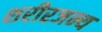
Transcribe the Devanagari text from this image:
शरीरजन्य